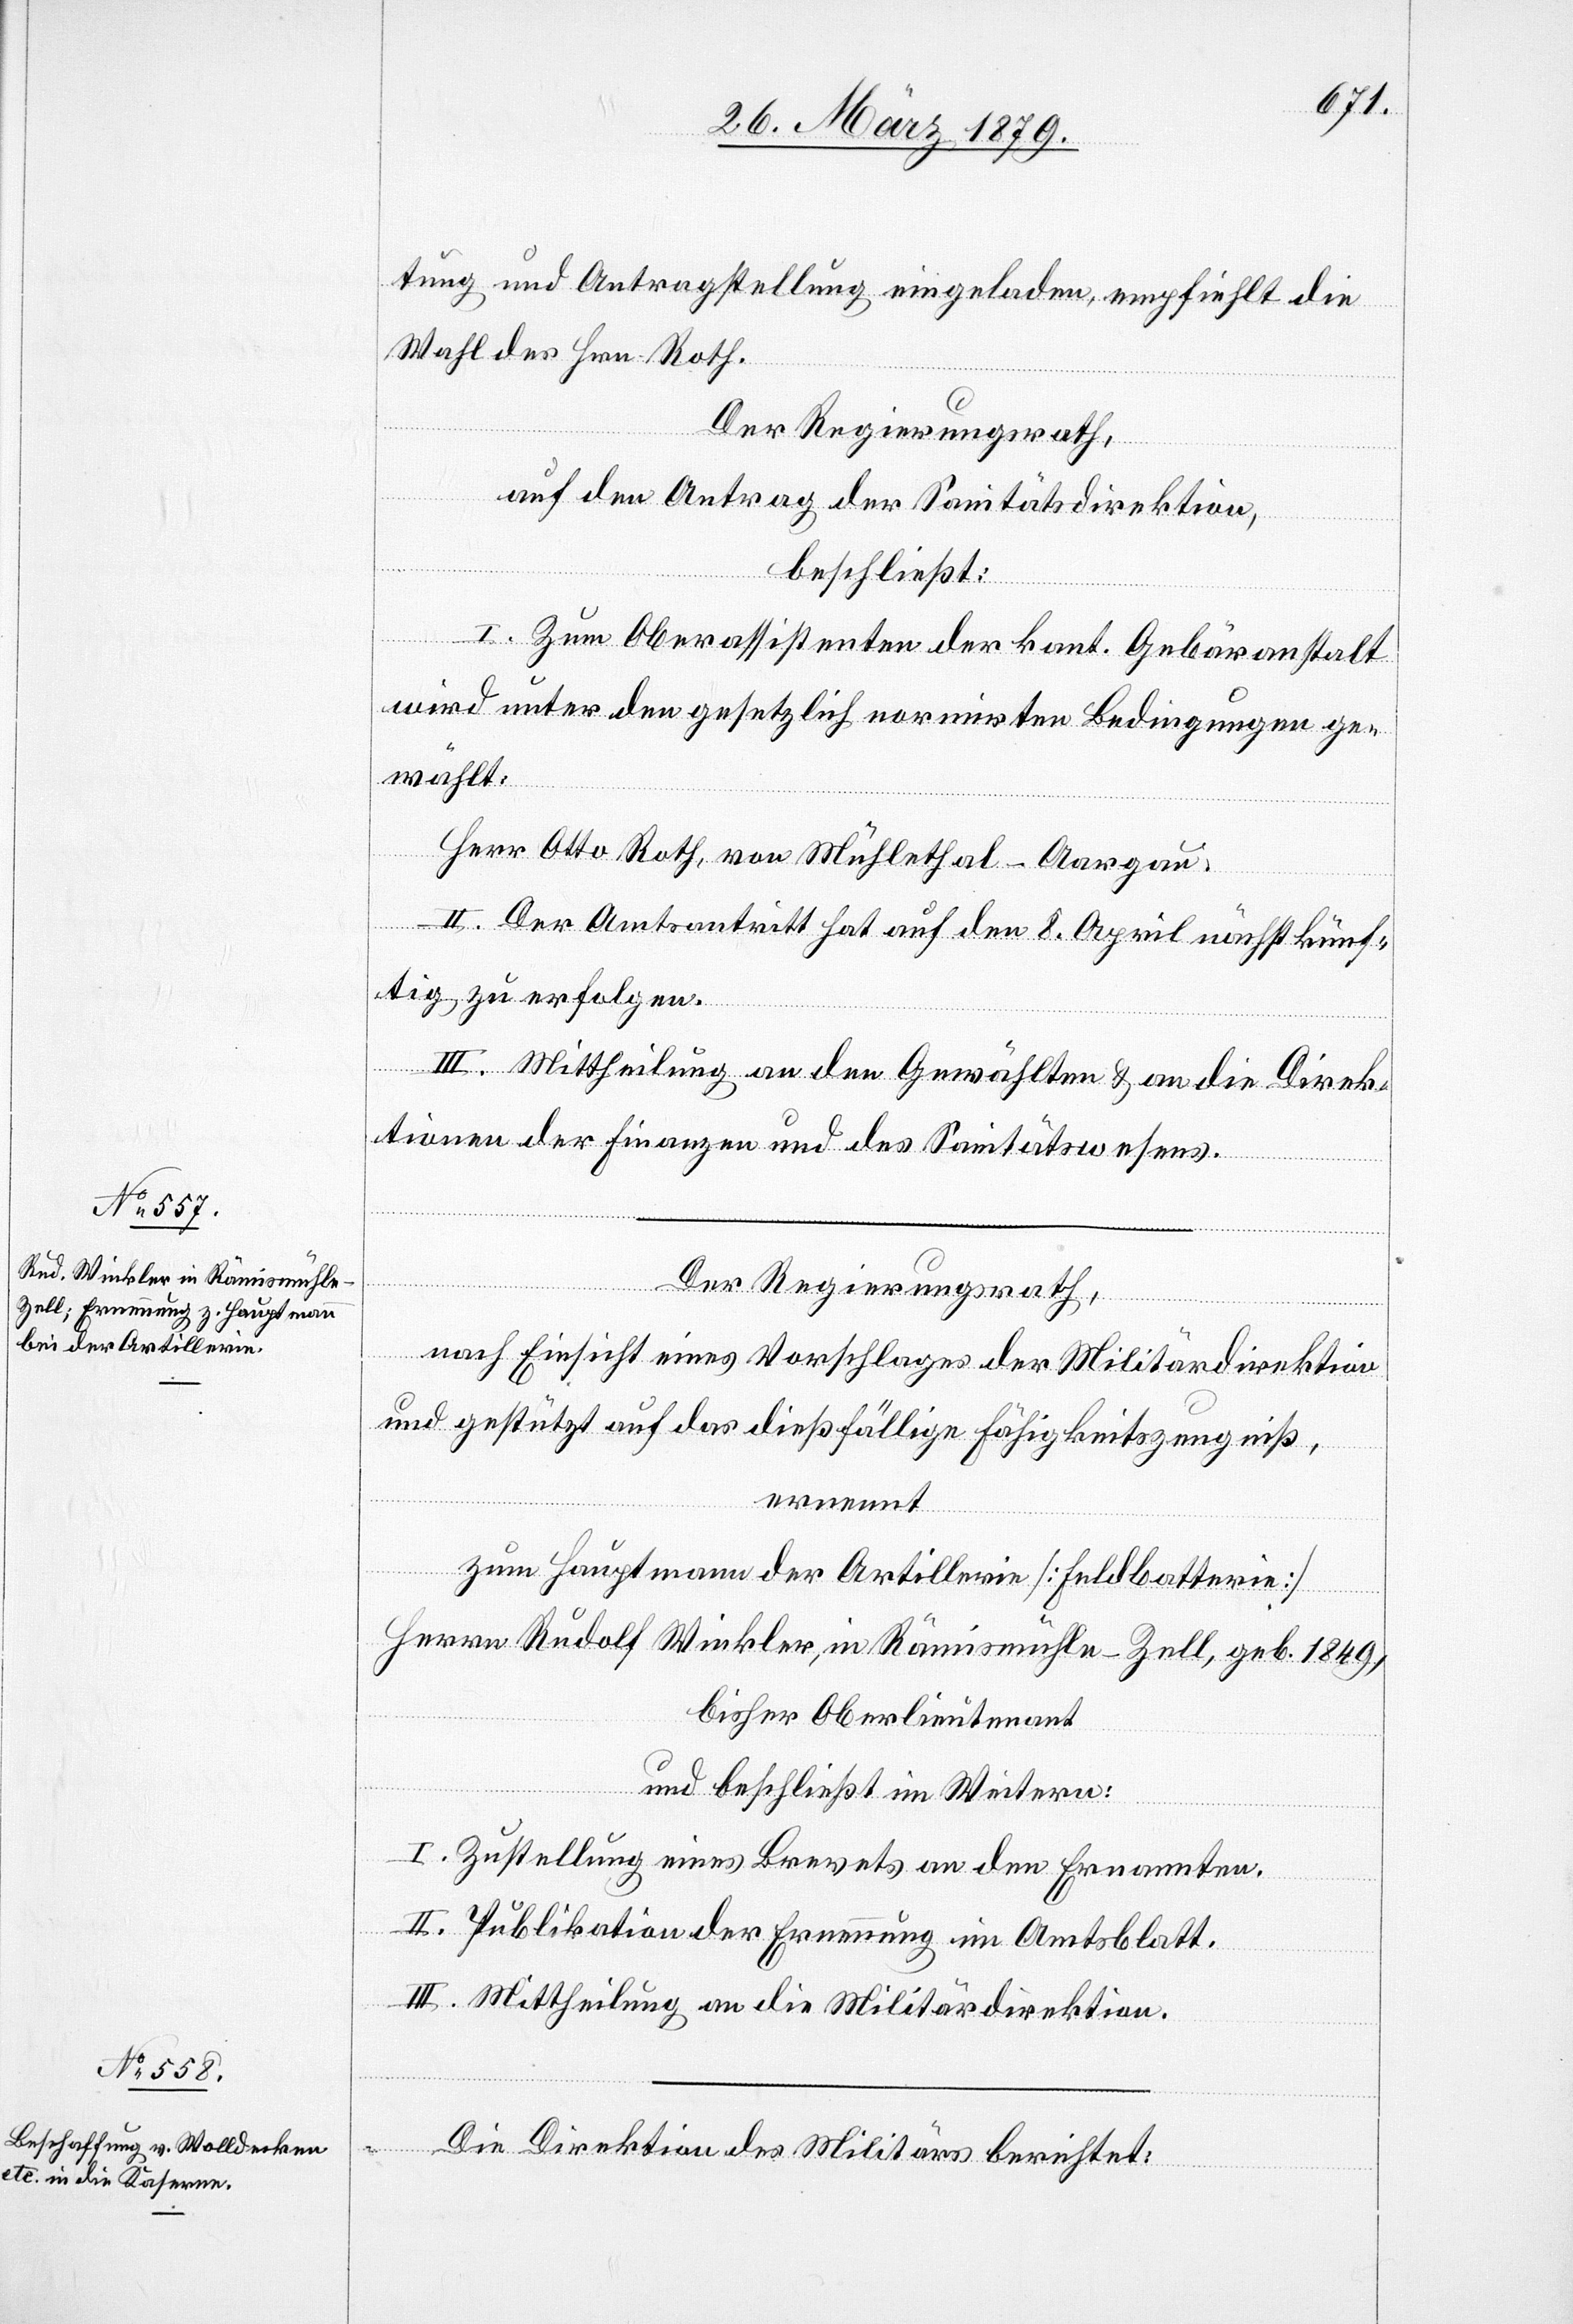
tung und Antragstellung eingeladen, empfiehlt die
Wahl des Hrn. Roth.
Der Regierungsrath,
auf den Antrag der Sanitätsdirektion,
beschließt:
I. Zum Oberassistenten der kant. Gebäranstalt
wird unter den gesetzlich normirten Bedingungen ge¬
wählt:
Herr Otto Roth, von Mühlethal - Aargau.
II. Der Amtsantritt hat auf den 8. April nächstkünf¬
tig zu erfolgen.
III. Mittheilung an den Gewählten & an die Direk¬
tionen der Finanzen und des Sanitätswesens.
Der Regierungsrath,
nach Einsicht eines Vorschlages der Militärdirektion
und gestützt auf das dießfällige Fähigkeitszeugniß,
ernennt
zum Hauptmann der Artillerie [Feldbatterie]
Herrn Rudolf Winkler, in Rämismühle - Zell, geb. 1849,
bisher Oberlieutenant
und beschließt im Weitern:
I. Zustellung eines Brevets an den Ernannten.
II. Publikation der Ernennung im Amtsblatt.
III. Mittheilung an die Militärdirektion.
Die Direktion des Militärs berichtet: